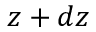
z + d z